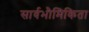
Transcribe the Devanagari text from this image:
सार्वभौमिकिता